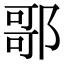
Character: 𨝆